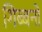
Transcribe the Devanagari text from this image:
गिब्बनों